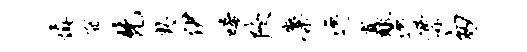
慎孤梵奥伊唏陕麋逸矗逸漂匆